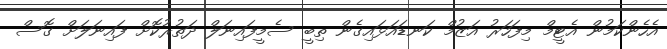
އެހެންކަމުން އެޓީމް މިފަހަރު އަޒުމް ކަނޑައަޅައިގެން ތިބީ ސެމީފައިނަލް ދަތުރުކޮށް ފައިނަލަށް ގޮސް